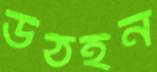
উঠইন